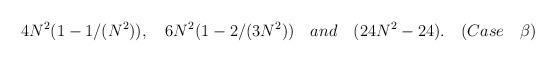
LaTeX: \begin{align*}4N^2(1 - 1/(N^2)), ~~~6N^2(1 - 2/(3N^2)) ~~~and~~~(24N^2 - 24). ~~~(Case~~~\beta)\end{align*}